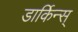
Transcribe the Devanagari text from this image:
डार्किन्स्